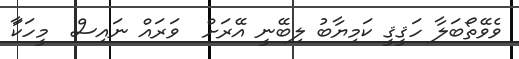
ވެވޭތޯބަަލާ ހަޤީޤީ ކަމިޔާބު ލިބޭނީ އޭރަށް  ވަރައް ނަަައިސް  މީހަކަާ